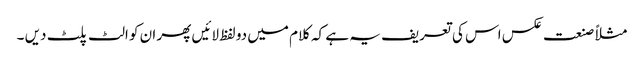
مثلاً صنعت عکس اس کی تعریف یہ ہے کہ کلام میں دو لفظ لائیں پھر ان کو الٹ پلٹ دیں ۔